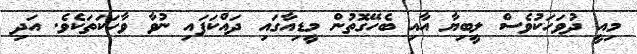
މިއީ ދުވަހަކުވެސް ލީބިޔާ އާއި ބެހޭގޮތުން މީޑިއާގައި ދައްކަފައި ނުވާ ވާހަކަތަކެވެ. އަދި